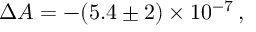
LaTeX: \Delta A = - ( 5 . 4 \pm 2 ) \times 1 0 ^ { - 7 } \, ,